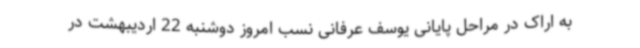
به اراک در مراحل پایانی یوسف عرفانی نسب امروز دوشنبه 22 اردیبهشت در